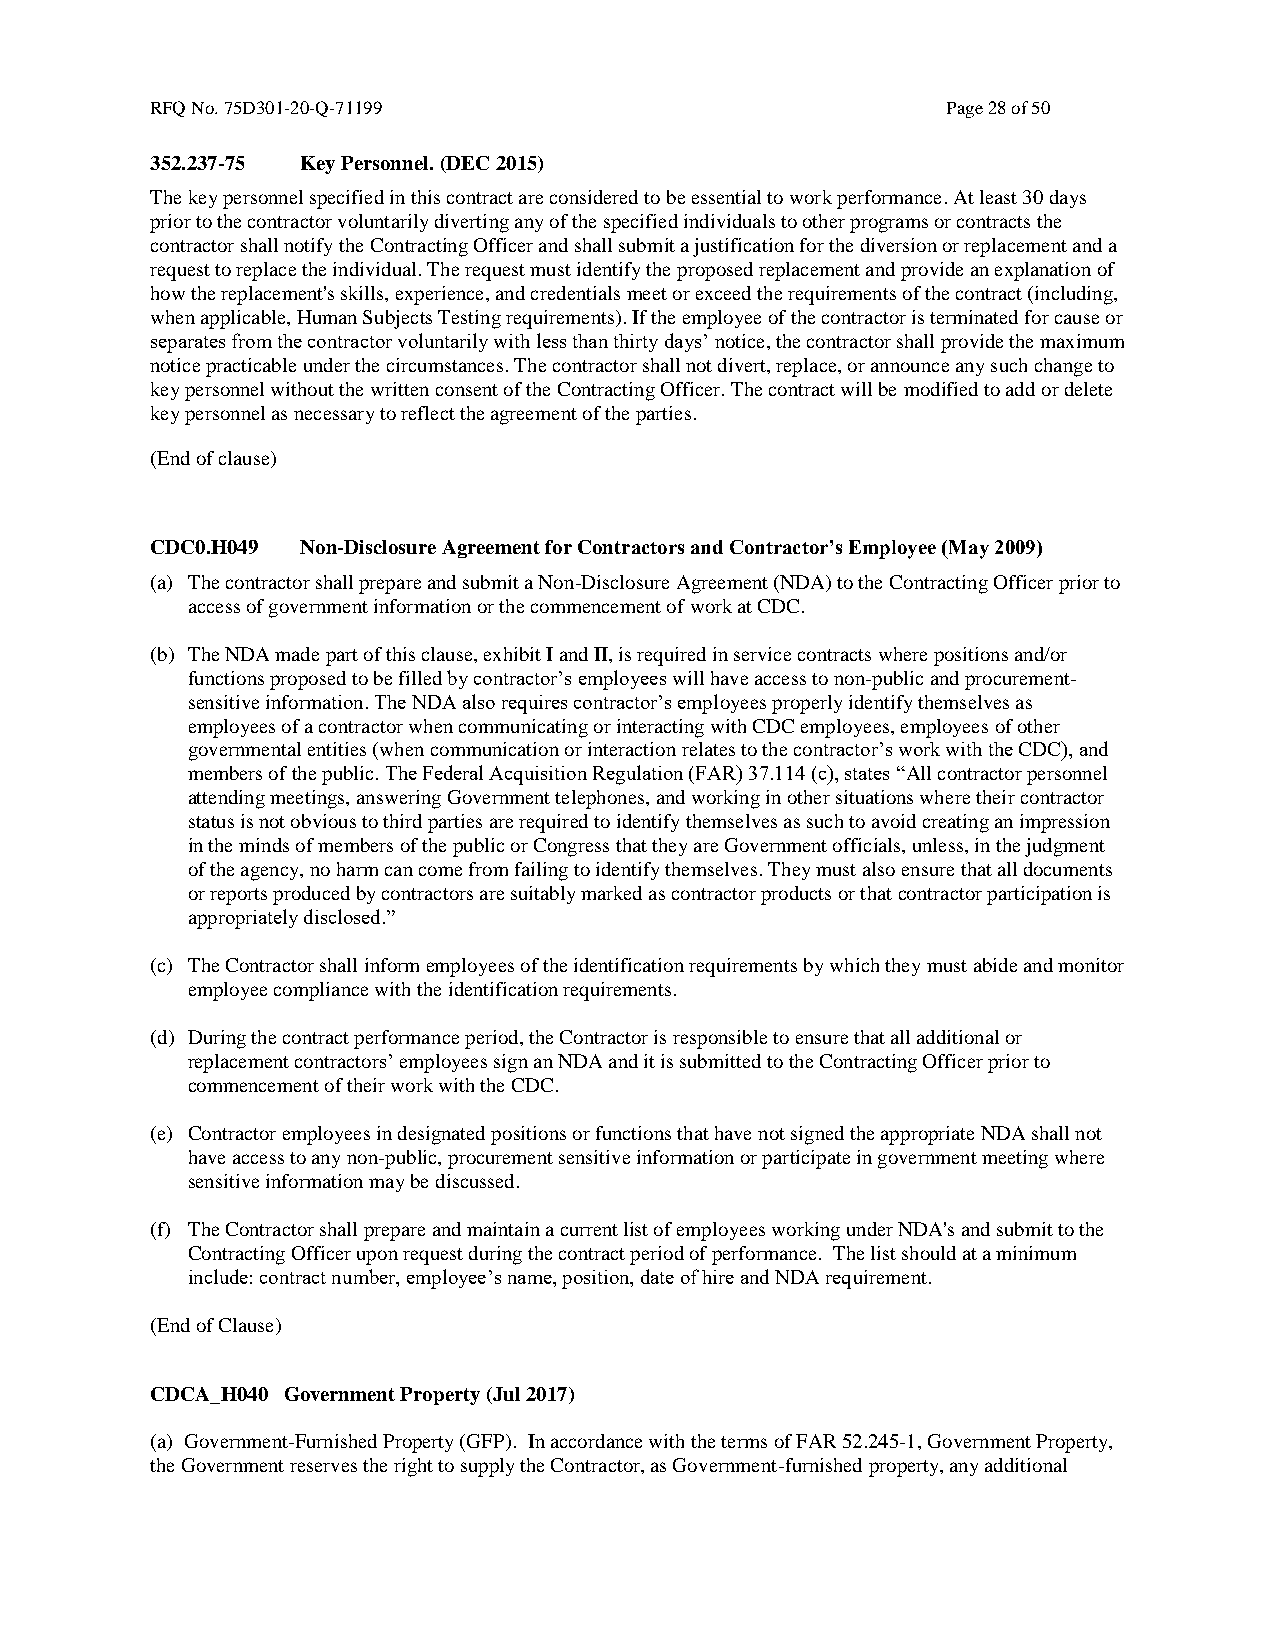
RFQ No. 75D301-20-Q-71199                            Page 28 of 50
 352.237-75 Key Personnel. (DEC 2015)
 The key personnel specified in this contract are considered to be essential to work performance. At least 30 days
 prior to the contractor voluntarily diverting any of the specified individuals to other programs or contracts the
 contractor shall notify the Contracting Officer and shall submit a justification for the diversion or replacement and a
 request to replace the individual. The request must identify the proposed replacement and provide an explanation of
 how the replacement's skills, experience, and credentials meet or exceed the requirements of the contract (including,
 when applicable, Human Subjects Testing requirements). If the employee of the contractor is terminated for cause or
 separates from the contractor voluntarily with less than thirty days’ notice, the contractor shall provide the maximum
 notice practicable under the circumstances. The contractor shall not divert, replace, or announce any such change to
 key personnel without the written consent of the Contracting Officer. The contract will be modified to add or delete
 key personnel as necessary to reflect the agreement of the parties.
 (End of clause)
 CDC0.H049 Non-Disclosure Agreement for Contractors and Contractor’s Employee (May 2009)
 (a) The contractor shall prepare and submit a Non-Disclosure Agreement (NDA) to the Contracting Officer prior to
 access of government information or the commencement of work at CDC.
 (b) The NDA made part of this clause, exhibit I and II, is required in service contracts where positions and/or
 functions proposed to be filled by contractor’s employees will have access to non-public and procurement-
 sensitive information. The NDA also requires contractor’s employees properly identify themselves as
 employees of a contractor when communicating or interacting with CDC employees, employees of other
 governmental entities (when communication or interaction relates to the contractor’s work with the CDC), and
 members of the public. The Federal Acquisition Regulation (FAR) 37.114 (c), states “All contractor personnel
 attending meetings, answering Government telephones, and working in other situations where their contractor
 status is not obvious to third parties are required to identify themselves as such to avoid creating an impression
 in the minds of members of the public or Congress that they are Government officials, unless, in the judgment
 of the agency, no harm can come from failing to identify themselves. They must also ensure that all documents
 or reports produced by contractors are suitably marked as contractor products or that contractor participation is
 appropriately disclosed.”
 (c) The Contractor shall inform employees of the identification requirements by which they must abide and monitor
 employee compliance with the identification requirements.
 (d) During the contract performance period, the Contractor is responsible to ensure that all additional or
 replacement contractors’ employees sign an NDA and it is submitted to the Contracting Officer prior to
 commencement of their work with the CDC.
 (e) Contractor employees in designated positions or functions that have not signed the appropriate NDA shall not
 have access to any non-public, procurement sensitive information or participate in government meeting where
 sensitive information may be discussed.
 (f) The Contractor shall prepare and maintain a current list of employees working under NDA's and submit to the
 Contracting Officer upon request during the contract period of performance. The list should at a minimum
 include: contract number, employee’s name, position, date of hire and NDA requirement.
 (End of Clause)
 CDCA_H040 Government Property (Jul 2017)
 (a) Government-Furnished Property (GFP). In accordance with the terms of FAR 52.245-1, Government Property,
 the Government reserves the right to supply the Contractor, as Government-furnished property, any additional